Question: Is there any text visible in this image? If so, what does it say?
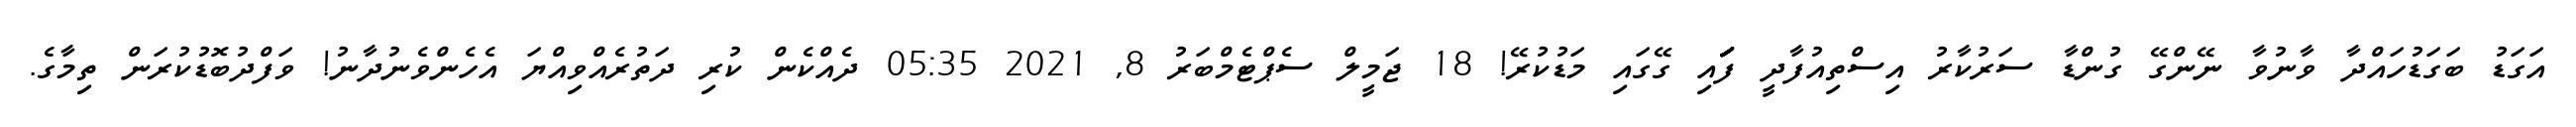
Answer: އަގަޑު ބަގަޑުހައްދާ ވާނުވާ ނޭންގޭ ގުންޑާ ސަރުކާރު އިސްތިއުފާދީ ފަަަަަަަަަަަަަައި ގޭގައި މަޑުކުރޭ! 18 ޖަމީލް ސެޕްޓެމްބަރު 8, 2021 05:35 ދެއްކެން ކުރި ދަތުރެއްވިއްޔަ އެހެންވެނުދާނު! ވަފްދުބޮޑުކުރަން ތިމާގެ.